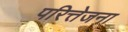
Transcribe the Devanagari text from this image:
परित्तेजना